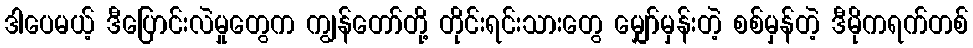
ဒါပေမယ့် ဒီပြောင်းလဲမှုတွေက ကျွန်တော်တို့ တိုင်းရင်းသားတွေ မျှော်မှန်းတဲ့ စစ်မှန်တဲ့ ဒီမိုကရက်တစ်